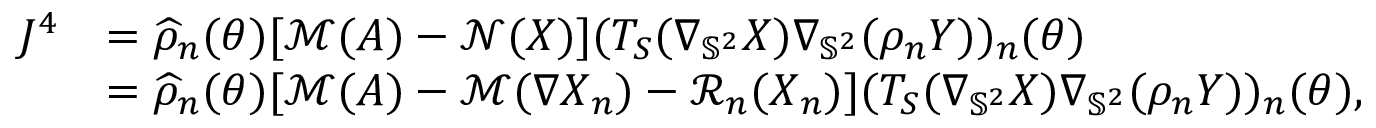
\begin{array} { r l } { J ^ { 4 } } & { = \widehat { \rho } _ { n } ( { \boldsymbol { \theta } } ) [ \mathcal { M } ( A ) - \mathcal { N } ( \boldsymbol { X } ) ] ( T _ { S } ( \nabla _ { \mathbb { S } ^ { 2 } } \boldsymbol { X } ) \nabla _ { \mathbb { S } ^ { 2 } } ( \rho _ { n } \boldsymbol { Y } ) ) _ { n } ( { \boldsymbol { \theta } } ) } \\ & { = \widehat { \rho } _ { n } ( { \boldsymbol { \theta } } ) [ \mathcal { M } ( A ) - \mathcal { M } ( \nabla \boldsymbol { X } _ { n } ) - \mathcal { R } _ { n } ( \boldsymbol { X } _ { n } ) ] ( T _ { S } ( \nabla _ { \mathbb { S } ^ { 2 } } \boldsymbol { X } ) \nabla _ { \mathbb { S } ^ { 2 } } ( \rho _ { n } \boldsymbol { Y } ) ) _ { n } ( { \boldsymbol { \theta } } ) , } \end{array}